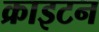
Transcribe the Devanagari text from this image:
क्राइटन